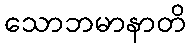
သောဘမာနာတိ